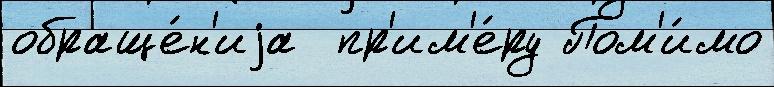
обраще́н'иjа  пр'им'е́ру Пом'и́мо